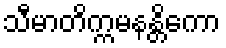
သီမာတိက္ကမနန္တိကော